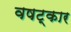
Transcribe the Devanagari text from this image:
वषट्कार